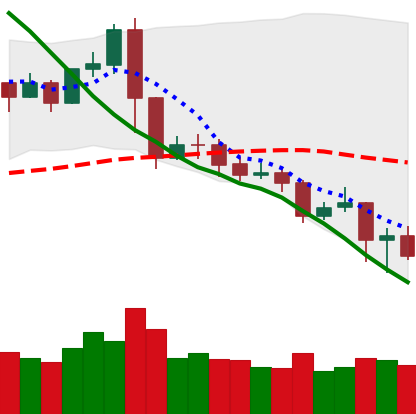
Ticker: XRP-USD
Chart end date: 2019-11-20
Forward return: -13.026%
Label: down_7plus